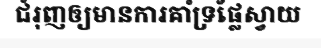
ជំរុញឲ្យមានការគាំទ្រផ្លែស្វាយ